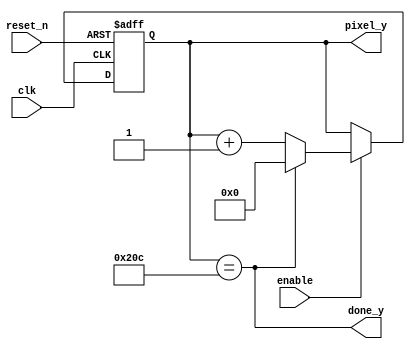
module vertical_counter(
input clk, reset_n, enable,
output [9:0] pixel_y,
output done_y
);
reg [9:0] pixel_reg, pixel_next;

always@(posedge clk, negedge reset_n)
begin
  if(~reset_n)
   pixel_reg <= 10'b0;
  else if(enable)
   pixel_reg <= pixel_next;
  else
    pixel_reg <= pixel_reg; 
end

always@(*)
begin
  pixel_next = done_y? 10'b0 : pixel_reg + 1;  
end

assign pixel_y = pixel_reg;
assign done_y = pixel_reg == 10'd524;
endmodule